38_143685_box_Incident_Summaries_173-233
Agency: Department of War
Page 43
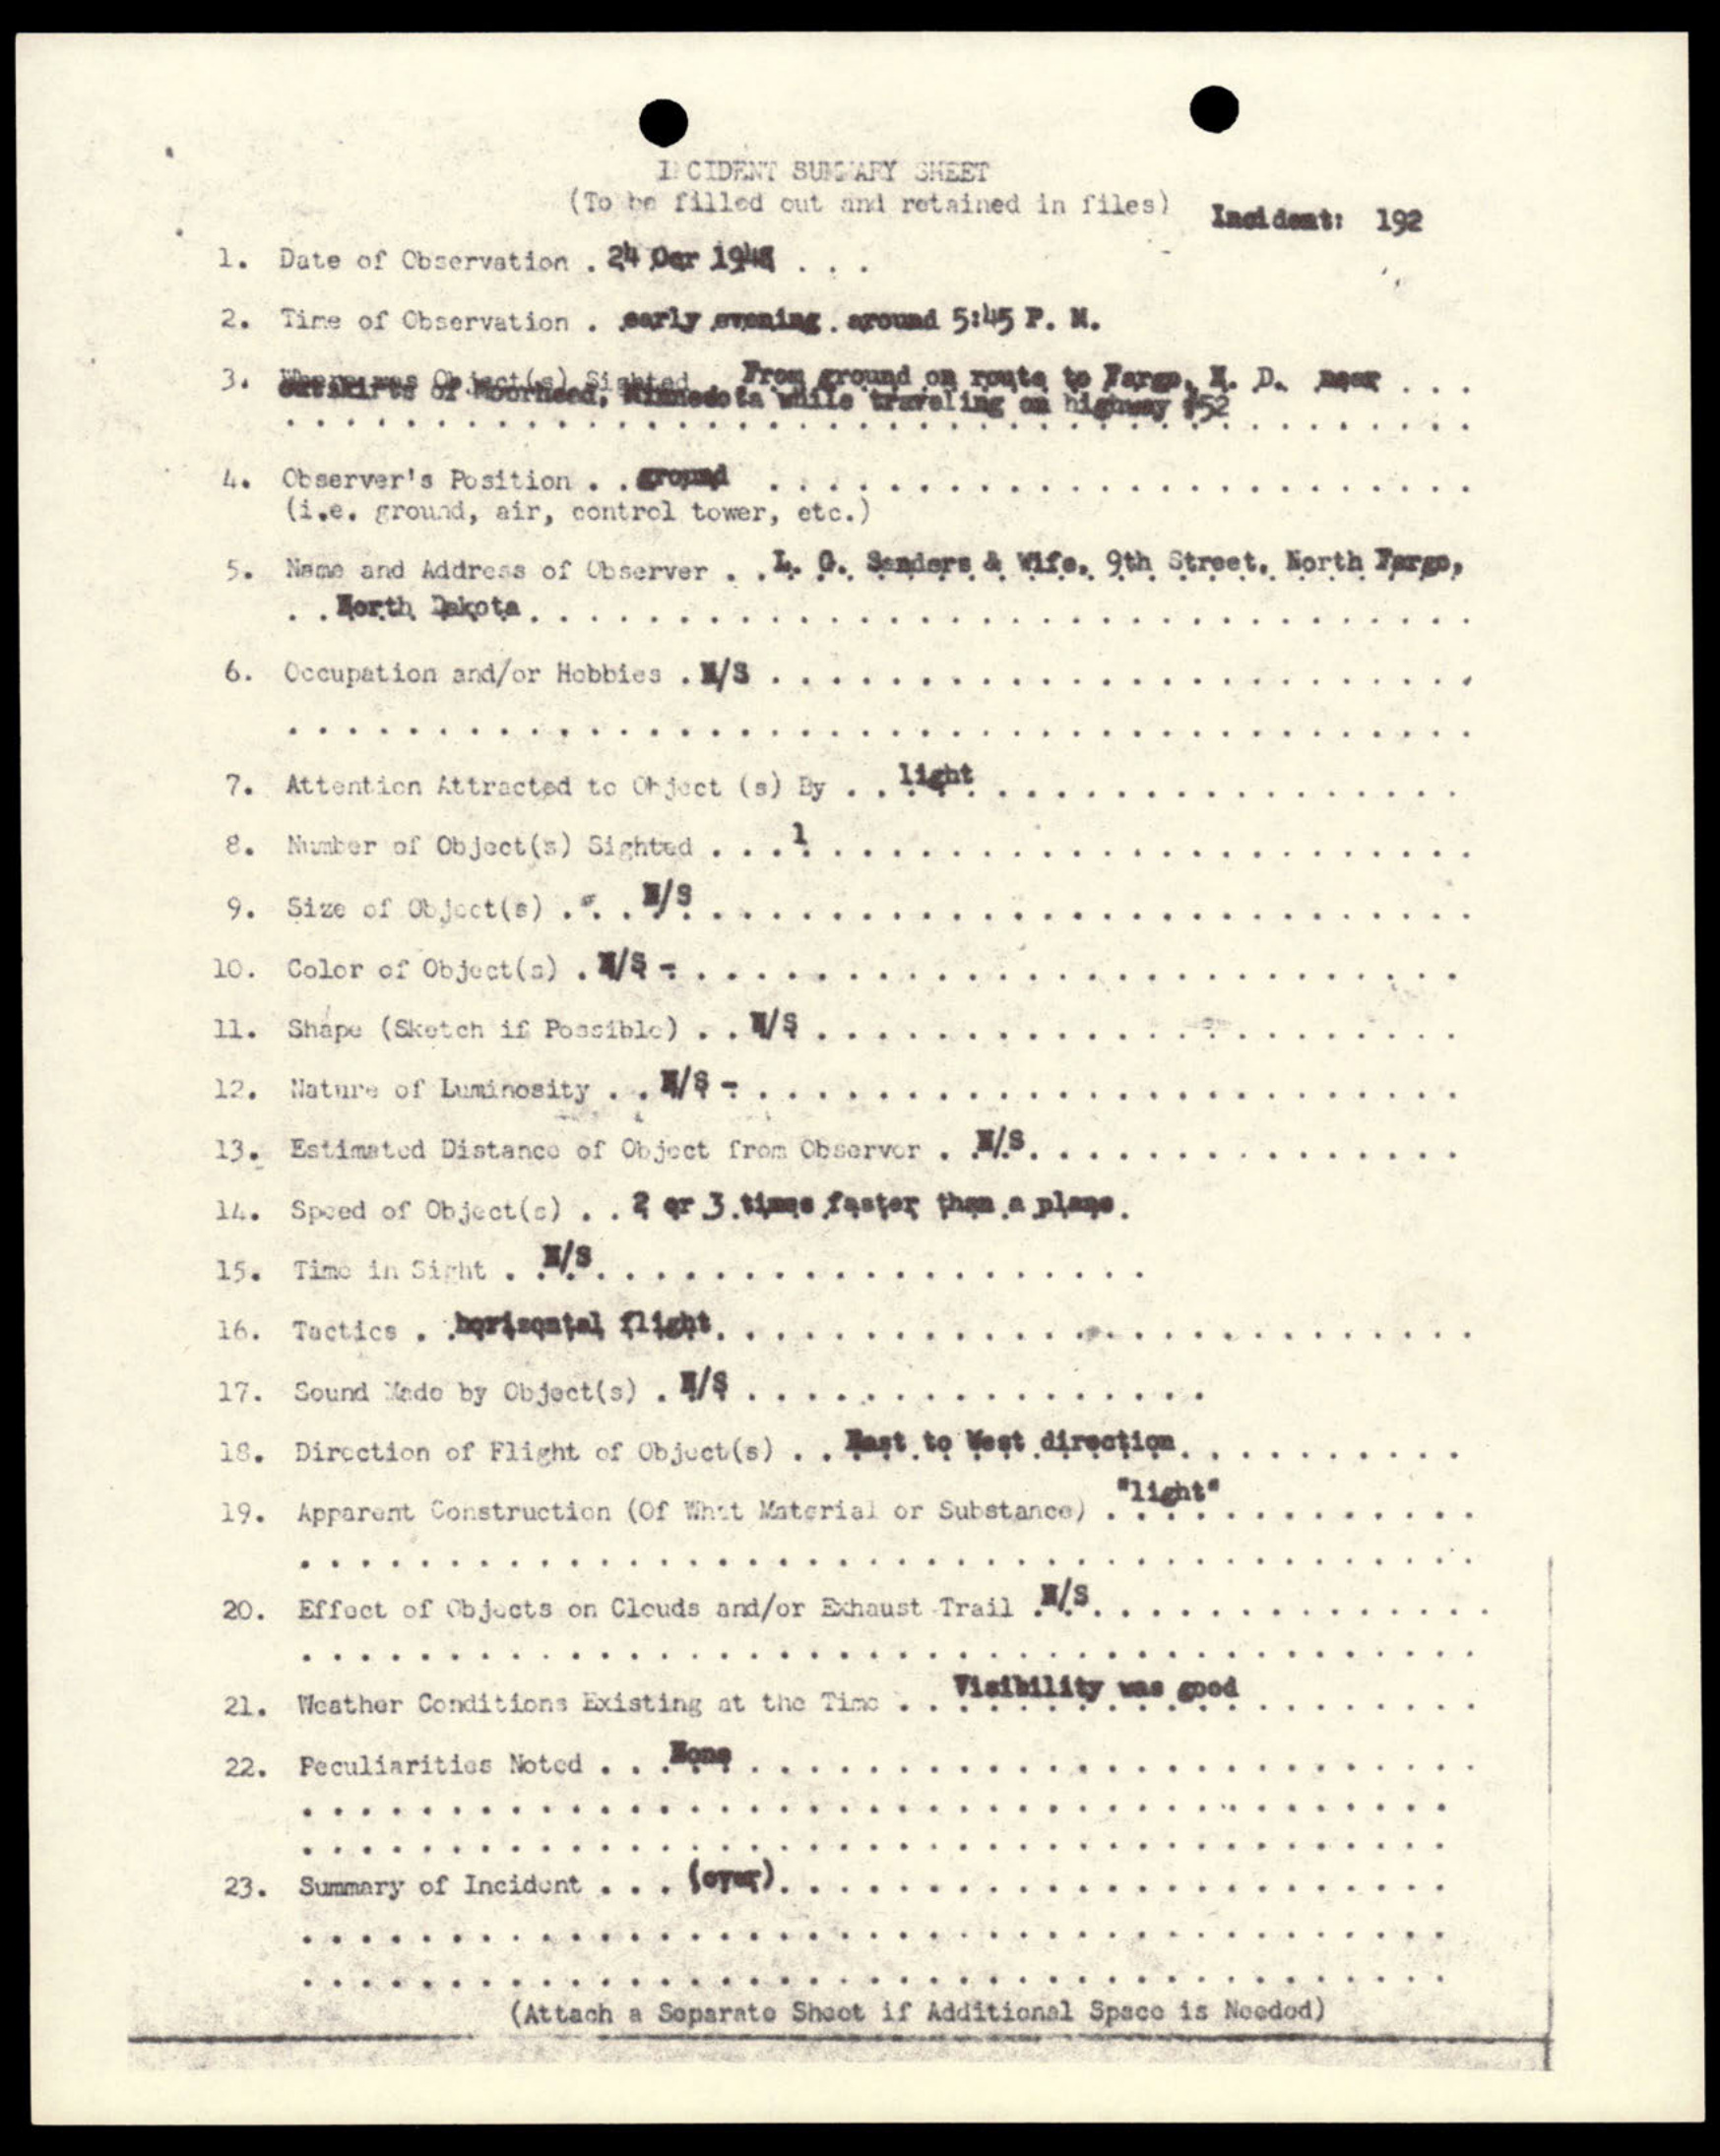